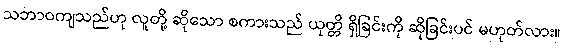
သဘာဝကျသည်ဟု လူတို့ ဆိုသော စကားသည် ယုတ္တိ ရှိခြင်းကို ဆိုခြင်းပင် မဟုတ်လား။